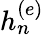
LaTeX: h_{n}^{(e)}